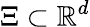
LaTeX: \Xi\subset\mathbb{R}^{d}